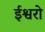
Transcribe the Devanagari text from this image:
ईश्वरो